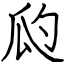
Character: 瓝